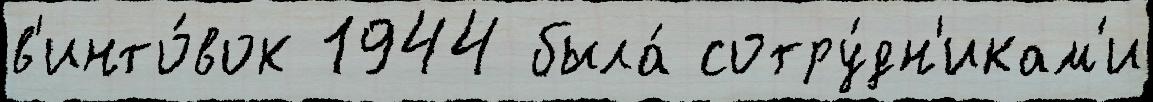
в'инто́вок 1944 была́ сотру́дн'икам'и